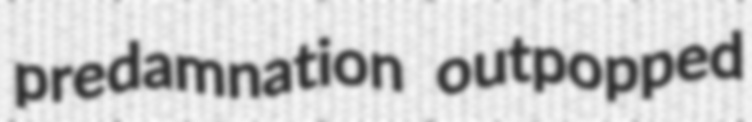
predamnation outpopped